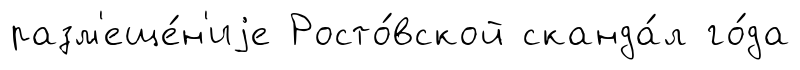
разм'еще́н'иjе Росто́вской сканда́л го́да